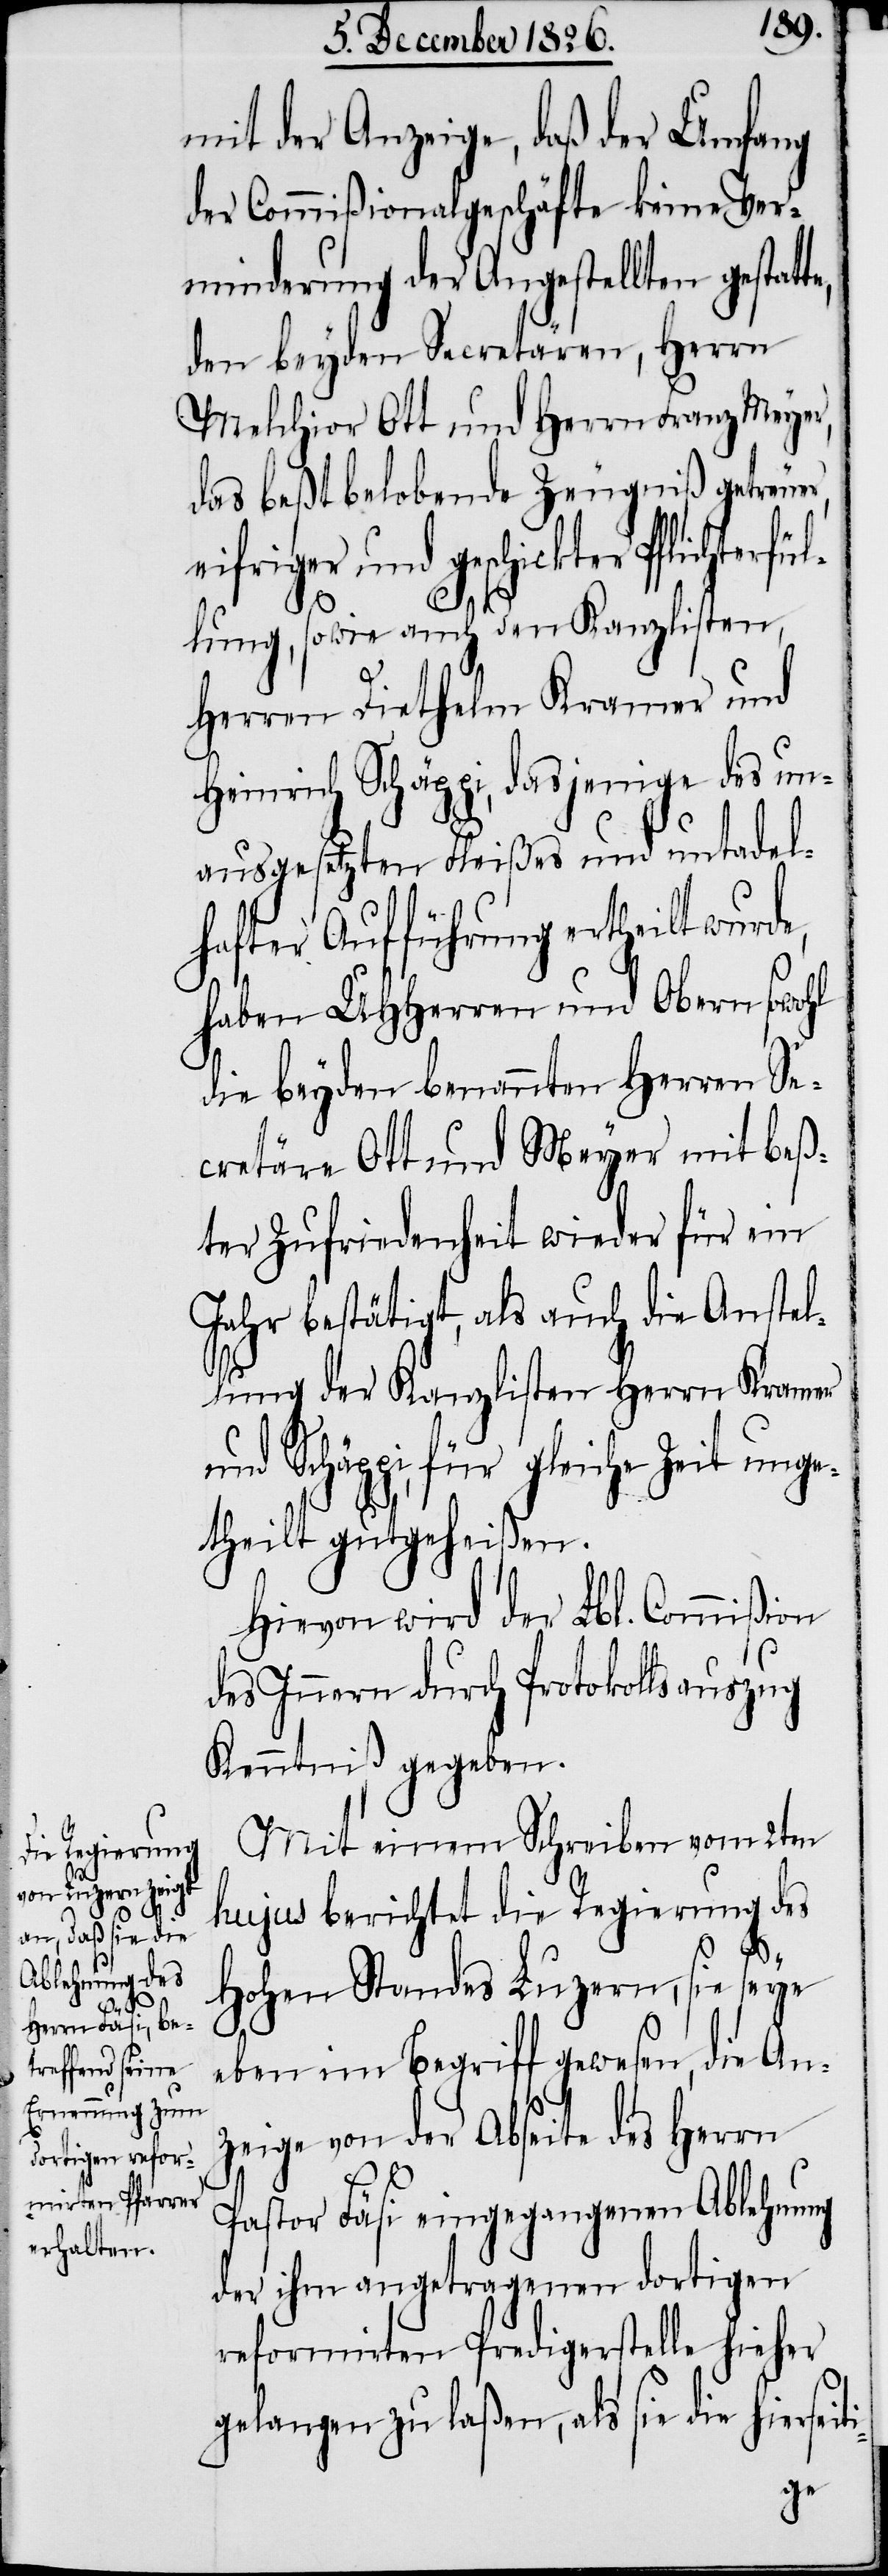
te,

mit der Anzeige, daß der Umfang
der Commißionalgeschäfte keine Ver¬
minderung der Angestellten gestat¬
den beyden Secretären, Herrn
Melchior Ott und Herrn Franz Meyer,
das beßtbelobende Zeugniß getreuer,
eifriger und geschickter Pflichterfül¬
lung, sowie auch den Kanzlisten,
Herren Diethelm Kramer und
Heinrich Schäppi, dasjenige des un¬
ausgesetzten Fleißes und untadel¬
hafter Aufführung ertheilt wurde,
haben UHHerren und Obern sowohl
die beyden benannten Herren Se¬
cretäre Ott und Meyer mit Beß¬
ter Zufriedenheit wieder für ein
Jahr bestätigt, als auch die Anstel¬
lung der Kanzlisten Herrn Kramer
Schäppi, für gleiche Zeit unge¬
theilt gutgeheißen.
Hievon wird der Lbl. Commißion
des Innern durch Protokollsauszug
Kenntniß gegeben.
Mit einem Schreiben vom 2ten
hujus berichtet die Regierung des
hohen Standes Luzern, sie seye
eben im Begriff gewesen, die An¬
zeige von der Abseite des Herrn
Pastor Fäsi eingegangenen Ablehnung
der ihm angetragenen dortigen
reformirten Predigerstelle hieher
gelangen zu laßen, als sie die hierseit¬
i-